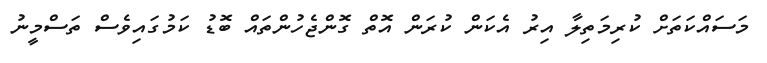
މަސައްކަތަށް ކުރިމަތިލާ އިރު އެކަން ކުރަން އޮތް ގޮންޖެހުންތައް ބޮޑު ކަމުގައިވެސް ތަސްމީނު